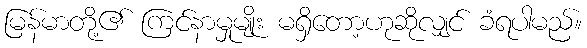
မြန်မာတို့၏ ကြင်နာမှုမျိုး မရှိတော့ဟုဆိုလျှင် ခံရပါမည်။